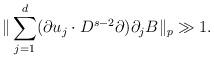
LaTeX: \begin{align*}\| \sum_{j=1}^d (\partial u_j \cdot D^{s-2} \partial) \partial_j B \|_p \gg 1.\end{align*}